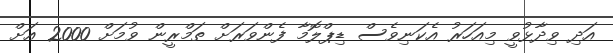
އަދި ވިދާޅުވީ މިއަހަރު އެކަނިވެސް ޑިޕްލޮމާ ފެންވަރަށް ތަމްރީން ވުމަށް 2000 އަށް